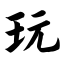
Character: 玩